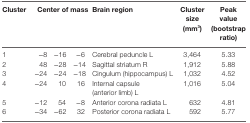
<table><thead><tr><td><b>Cluster</b></td><td colspan="3"><b>Center of mass</b></td><td><b>Brain region</b></td><td><b>Cluster size (mm<sup>3</sup>)</b></td><td><b>Peak value (bootstrap ratio)</b></td></tr></thead><tbody><tr><td>1</td><td>−8</td><td>−16</td><td>−6</td><td>Cerebral peduncle L</td><td>3,464</td><td>5.33</td></tr><tr><td>2</td><td>48</td><td>−28</td><td>−14</td><td>Sagittal striatum R</td><td>1,912</td><td>5.88</td></tr><tr><td>3</td><td>−24</td><td>−24</td><td>−18</td><td>Cingulum (hippocampus) L</td><td>1,032</td><td>4.52</td></tr><tr><td>4</td><td>−24</td><td>10</td><td>16</td><td>Internal capsule (anterior limb) L</td><td>1,016</td><td>5.04</td></tr><tr><td>5</td><td>−12</td><td>54</td><td>−8</td><td>Anterior corona radiata L</td><td>632</td><td>4.81</td></tr><tr><td>6</td><td>−34</td><td>−62</td><td>32</td><td>Posterior corona radiata L</td><td>592</td><td>5.77</td></tr></tbody></table>